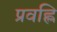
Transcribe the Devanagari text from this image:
प्रवह्लि